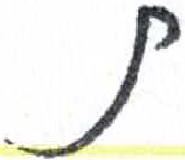
אות: ת